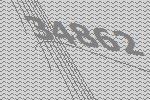
34862